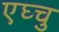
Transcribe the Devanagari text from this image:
एघ्चु